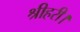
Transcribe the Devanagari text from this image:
श्रीहरी।